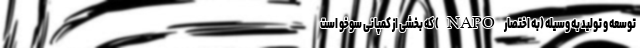
توسعه و تولید به وسیله (به اختصار NAPO) که بخشی از کمپانی سوخو است